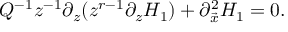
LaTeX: Q ^ { - 1 } z ^ { - 1 } \partial _ { z } ( z ^ { r - 1 } \partial _ { z } H _ { 1 } ) + \partial _ { \vec { x } } ^ { 2 } H _ { 1 } = 0 .